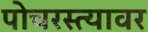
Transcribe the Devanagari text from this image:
पोचरस्त्यावर